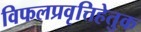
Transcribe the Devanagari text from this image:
विफलप्रवृत्तिहेतुक